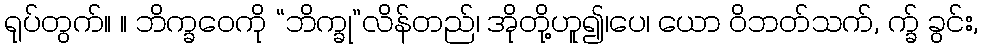
ရုပ်တွက်။ ။ ဘိက္ခဝေကို “ဘိက္ခု”လိန်တည်၊ အိုတို့ဟူ၍၊ပေ၊ ယော ဝိဘတ်သက်, က္ခ် ခွင်း,